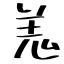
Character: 羗